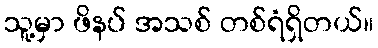
သူ့မှာ ဖိနပ် အသစ် တစ်ရံရှိတယ်။